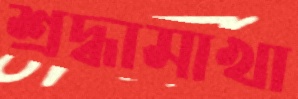
শ্রদ্ধামাখা